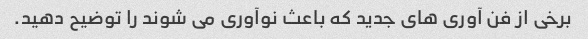
برخی از فن آوری های جدید که باعث نوآوری می شوند را توضیح دهید.